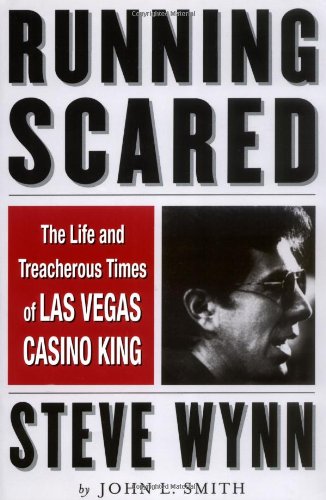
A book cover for Running Scared: The Life and Treacherous Times of Las Vegas Casino King Steve Wynn; John L. Smith; Biographies & Memoirs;